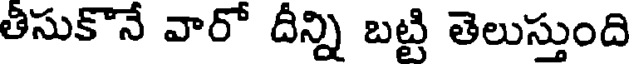
తీసుకొనే వారో దీన్ని బట్టి తెలుస్తుంది